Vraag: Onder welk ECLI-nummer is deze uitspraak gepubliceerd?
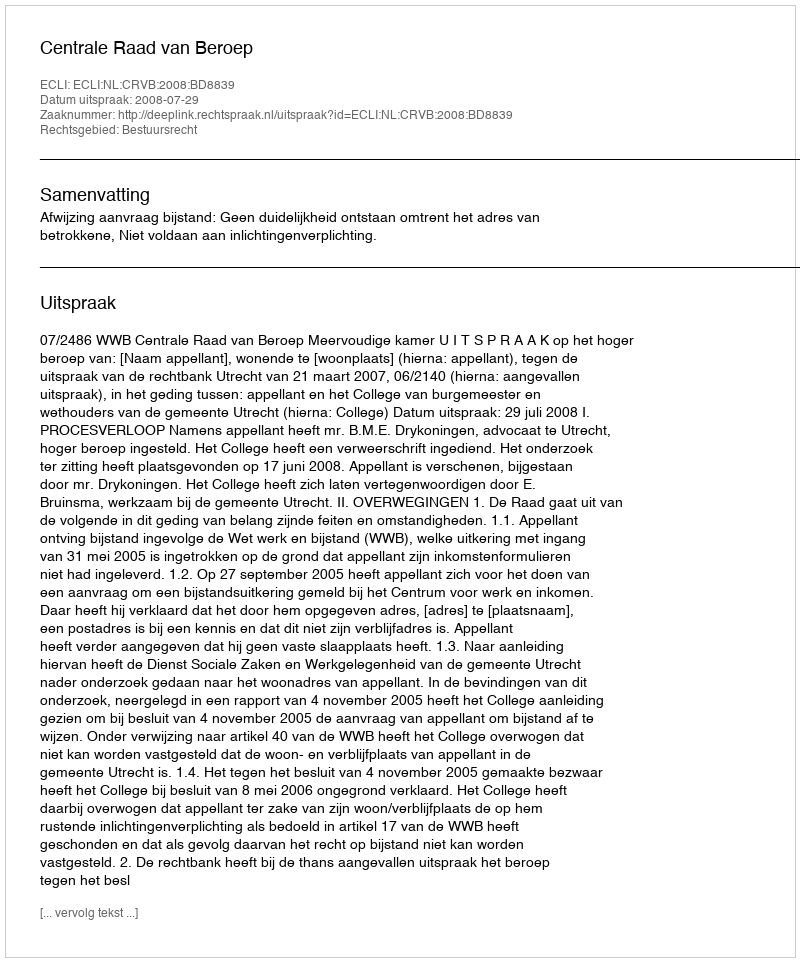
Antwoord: ECLI:NL:CRVB:2008:BD8839